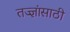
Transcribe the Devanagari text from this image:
तज्ज्ञांसाठी